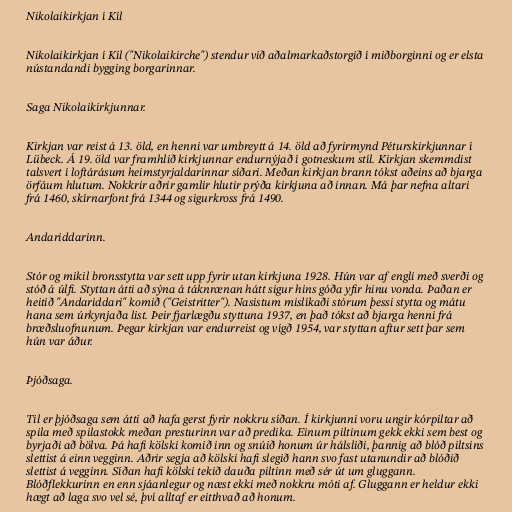
Nikolaikirkjan í Kíl

Nikolaikirkjan í Kíl ("Nikolaikirche") stendur við aðalmarkaðstorgið í miðborginni og er elsta
nústandandi bygging borgarinnar.

Saga Nikolaikirkjunnar.

Kirkjan var reist á 13. öld, en henni var umbreytt á 14. öld að fyrirmynd Péturskirkjunnar í
Lübeck. Á 19. öld var framhlið kirkjunnar endurnýjað í gotneskum stíl. Kirkjan skemmdist
talsvert í loftárásum heimstyrjaldarinnar síðari. Meðan kirkjan brann tókst aðeins að bjarga
örfáum hlutum. Nokkrir aðrir gamlir hlutir prýða kirkjuna að innan. Má þar nefna altari
frá 1460, skírnarfont frá 1344 og sigurkross frá 1490.

Andariddarinn.

Stór og mikil bronsstytta var sett upp fyrir utan kirkjuna 1928. Hún var af engli með sverði og
stóð á úlfi. Styttan átti að sýna á táknrænan hátt sigur hins góða yfir hinu vonda. Þaðan er
heitið "Andariddari" komið ("Geistritter"). Nasistum mislíkaði stórum þessi stytta og mátu
hana sem úrkynjaða list. Þeir fjarlægðu styttuna 1937, en það tókst að bjarga henni frá
bræðsluofnunum. Þegar kirkjan var endurreist og vígð 1954, var styttan aftur sett þar sem
hún var áður.

Þjóðsaga.

Til er þjóðsaga sem átti að hafa gerst fyrir nokkru síðan. Í kirkjunni voru ungir kórpiltar að
spila með spilastokk meðan presturinn var að predika. Einum piltinum gekk ekki sem best og
byrjaði að bölva. Þá hafi kölski komið inn og snúið honum úr hálsliði, þannig að blóð piltsins
slettist á einn vegginn. Aðrir segja að kölski hafi slegið hann svo fast utanundir að blóðið
slettist á vegginn. Síðan hafi kölski tekið dauða piltinn með sér út um gluggann.
Blóðflekkurinn en enn sjáanlegur og næst ekki með nokkru móti af. Gluggann er heldur ekki
hægt að laga svo vel sé, því alltaf er eitthvað að honum.